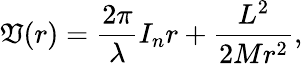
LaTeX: \mathfrak{V}(r)=\frac{{2\pi}}{{\lambda}}I_{n}r+\frac{{L^{2}}}{{2Mr^{2}}},